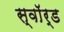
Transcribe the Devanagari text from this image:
स्वाॅर्ड